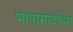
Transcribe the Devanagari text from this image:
भाषासाठीच्या